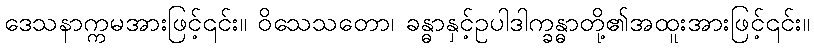
ဒေသနာက္ကမအားဖြင့်၎င်း။ ဝိသေသတော၊ ခန္ဓာနှင့်ဥပါဒါက္ခန္ဓာတို့၏အထူးအားဖြင့်၎င်း။